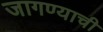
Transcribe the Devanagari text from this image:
जागण्याची